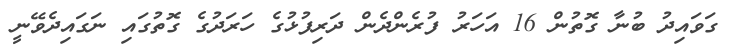
ގަވައިދު ބުނާ ގޮތުން 16 އަހަރު ފުރެންދެން ދަރިފުޅުގެ ހަރަދުގެ ގޮތުގައި ނަގައިދެވޭނީ